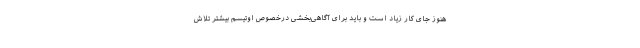
هنوز جای کار زیاد است و باید برای آگاهی‌بخشی درخصوص اوتیسم بیشتر تلاش